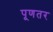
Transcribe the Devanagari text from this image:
पूणतर